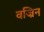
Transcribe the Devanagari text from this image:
वज्रिन